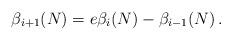
LaTeX: \begin{align*}\beta_{i+1}(N)=e\beta_i(N)-\beta_{i-1}(N)\,.\end{align*}